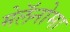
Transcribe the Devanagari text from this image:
मेलॅनोमा